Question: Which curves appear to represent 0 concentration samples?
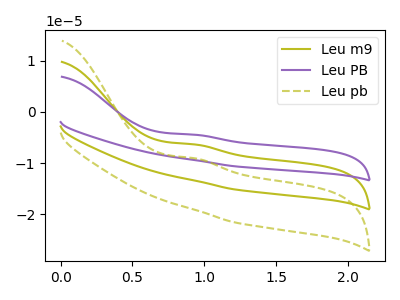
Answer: <think>The olive curve "Leu m9" has an anodic peak at: (0.95V, -6.35uA). The purple curve "Leu PB" has an anodic peak at: (0.95V, -12.75uA). The olive dashed curve "Leu pb" has an anodic peak at: (0.95V, -9.05uA).</think>
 <answer>There are not any CV's on this graph that are likely to be blanks.</answer>
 <eval>none</eval>